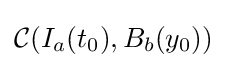
{\mathcal {C}}(I_{a}(t_{0}),B_{b}(y_{0}))